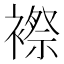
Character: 𲁀